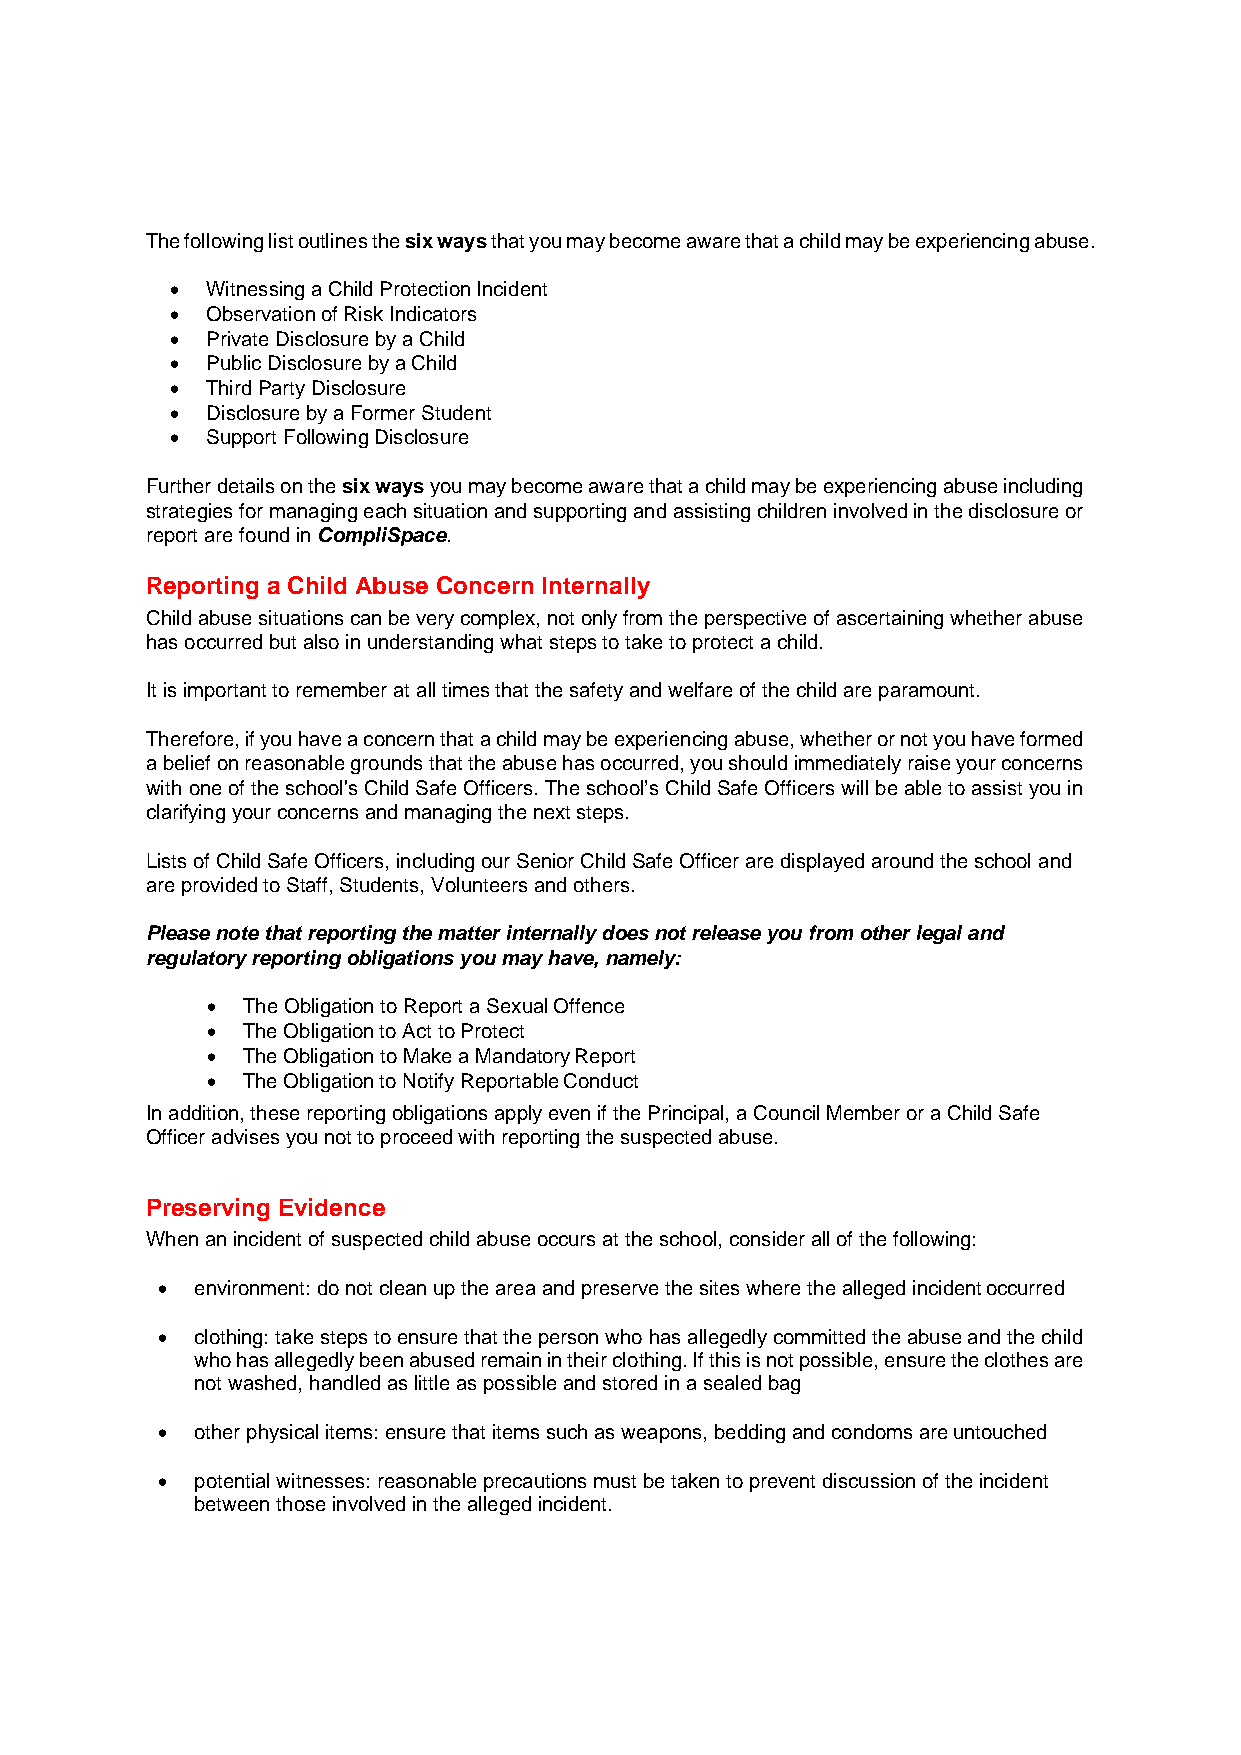
The following list outlines the six ways that you may become aware that a child may be experiencing abuse.
   Witnessing a Child Protection Incident
   Observation of Risk Indicators
   Private Disclosure by a Child
   Public Disclosure by a Child
   Third Party Disclosure
   Disclosure by a Former Student
   Support Following Disclosure
 Further details on the six ways you may become aware that a child may be experiencing abuse including
 strategies for managing each situation and supporting and assisting children involved in the disclosure or
 report are found in CompliSpace.
 Reporting a Child Abuse Concern Internally
 Child abuse situations can be very complex, not only from the perspective of ascertaining whether abuse
 has occurred but also in understanding what steps to take to protect a child.
 It is important to remember at all times that the safety and welfare of the child are paramount.
 Therefore, if you have a concern that a child may be experiencing abuse, whether or not you have formed
 a belief on reasonable grounds that the abuse has occurred, you should immediately raise your concerns
 with one of the school's Child Safe Officers. The school’s Child Safe Officers will be able to assist you in
 clarifying your concerns and managing the next steps.
 Lists of Child Safe Officers, including our Senior Child Safe Officer are displayed around the school and
 are provided to Staff, Students, Volunteers and others.
 Please note that reporting the matter internally does not release you from other legal and
 regulatory reporting obligations you may have, namely:
  The Obligation to Report a Sexual Offence
  The Obligation to Act to Protect
  The Obligation to Make a Mandatory Report
  The Obligation to Notify Reportable Conduct
 In addition, these reporting obligations apply even if the Principal, a Council Member or a Child Safe
 Officer advises you not to proceed with reporting the suspected abuse.
 Preserving Evidence
 When an incident of suspected child abuse occurs at the school, consider all of the following:
   environment: do not clean up the area and preserve the sites where the alleged incident occurred
   clothing: take steps to ensure that the person who has allegedly committed the abuse and the child
 who has allegedly been abused remain in their clothing. If this is not possible, ensure the clothes are
 not washed, handled as little as possible and stored in a sealed bag
   other physical items: ensure that items such as weapons, bedding and condoms are untouched
   potential witnesses: reasonable precautions must be taken to prevent discussion of the incident
 between those involved in the alleged incident.